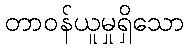
တာဝန်ယူမှုရှိသော